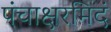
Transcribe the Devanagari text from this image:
पंचाक्षरमिदं